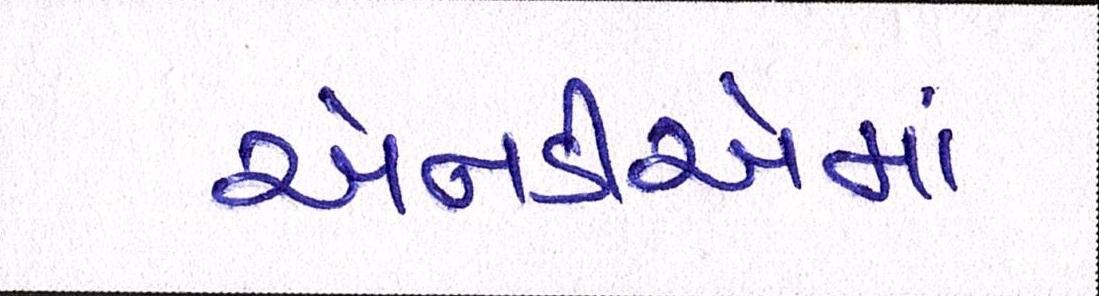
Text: એનડીએમાં